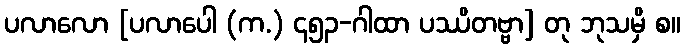
ပလာလော [ပလာပေါ (က.) ၄၅၃-ဂါထာ ပဿိတဗ္ဗာ] တု ဘုသမှိ စ။